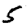
Digit: 5